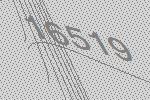
16519